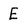
Character: E